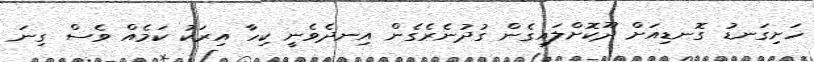
ހަށިގަނޑު ގޮނޑިއަށް ދޫކޮށްލައިގެން ގުދުނެރެގެން އިނދެވެނީ ކިހާ އިރަކު ކަމެއް ވެސް ގިނަ